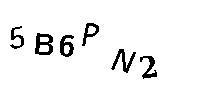
5B6PN2